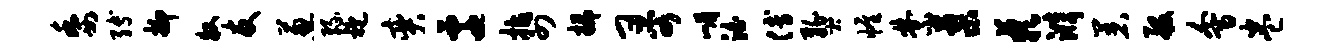
委缚抑牧友葱缘袍奕迁拈四插哥嵋泊傅燹帷禁蓼蔌漪着般会卷